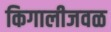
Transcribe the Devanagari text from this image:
किगालीजवळ